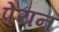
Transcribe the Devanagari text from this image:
पेयन